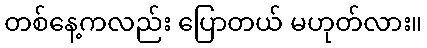
တစ်နေ့ကလည်း ပြောတယ် မဟုတ်လား။